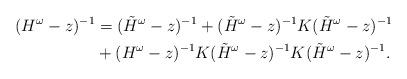
LaTeX: \begin{align*}(H^\omega - z)^{-1} & = (\tilde{H}^\omega-z)^{-1} + (\tilde{H}^\omega-z)^{-1} K (\tilde{H}^\omega-z)^{-1} \\ &+ (H^\omega - z)^{-1}K (\tilde{H}^\omega-z)^{-1} K (\tilde{H}^\omega-z)^{-1} .\end{align*}